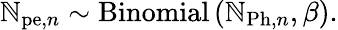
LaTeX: \mathbb{N}_{\mathrm{{pe}},n}\sim\mathrm{{Binomial}}\left(\mathbb{N}_{\mathrm{{Ph}},n},\beta\right).